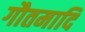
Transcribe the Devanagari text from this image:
गौतमादि